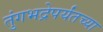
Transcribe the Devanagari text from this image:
तुंगभद्रेपर्यंतच्या